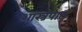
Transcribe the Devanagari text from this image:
शास्त्रपाठ